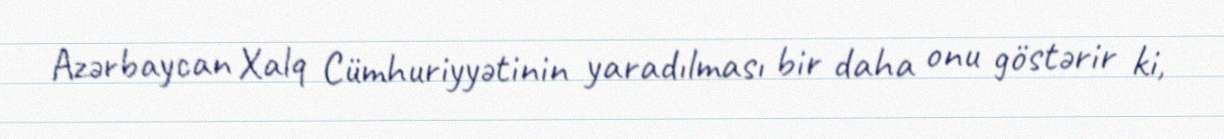
Azərbaycan Xalq Cümhuriyyətinin yaradılması bir daha onu göstərir ki,